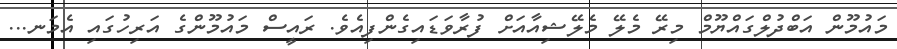
މައުމޫން އަބްދުލްގައްޔޫމް މިރޭ މެލޭ މެލޭޝިއާއަށް ފުރާވަޑައިގެންފިއެވެ. ރައީސް މައުމޫންގެ އަރިހުގައި އެމަނ...